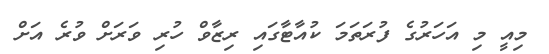
މިއީ މި އަހަރުގެ ފުރަތަމަ ކުއާޓާގައި ރިޒާވް ހުރި ވަރަށް ވުރެ އަށް